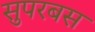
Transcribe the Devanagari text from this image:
सुपरबस